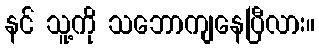
နင် သူ့ကို သဘောကျနေပြီလား။